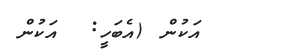
އަކުން (އެބަހީ:  އަކުން